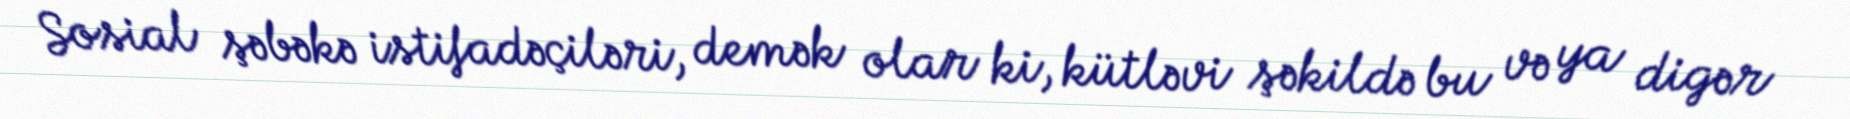
Sosial şəbəkə istifadəçiləri, demək olar ki, kütləvi şəkildə bu və ya digər